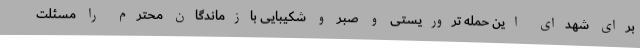
برای شهدای این حمله تروریستی و صبر و شکیبایی بازماندگان محترم را مسئلت